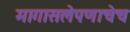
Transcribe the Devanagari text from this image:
मागासलेपणाचेच